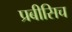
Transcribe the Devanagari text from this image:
प्रबीसिच